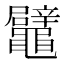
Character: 鼊